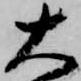
大